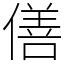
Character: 僐